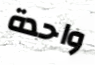
واحدة